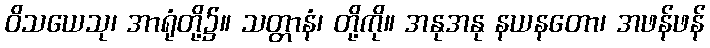
ဝိသယေသု၊ အာရုံတို့၌။ သတ္တာနံ၊ တို့ကို။ အနုအနု နယနတော၊ အဖန်ဖန်